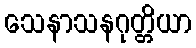
သေနာသနဂုတ္တိယာ